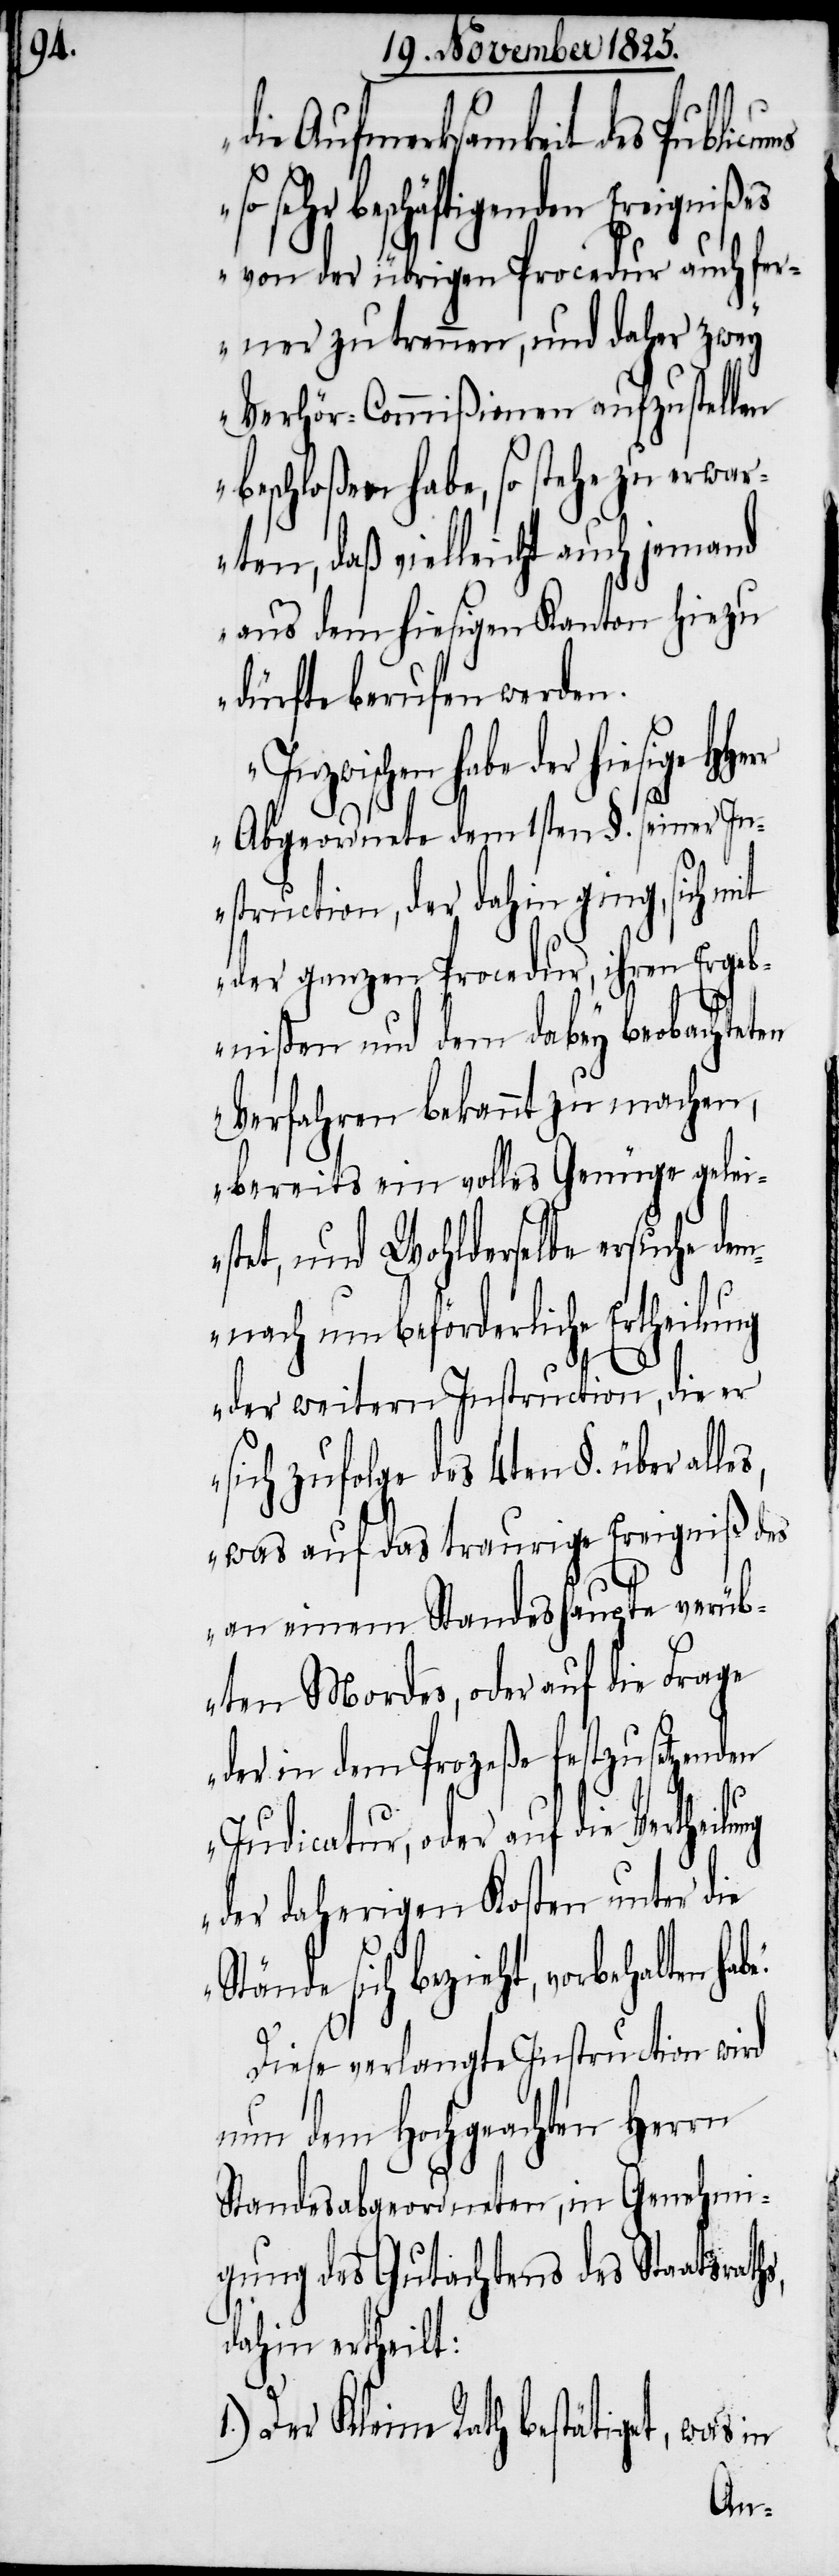
hs,

die Aufmerksamkeit des Public¬
s von der übrigen Procedur auch fer¬
ner zu trennen, und daher zwey
Verhör-Commißionen aufzustellen
beschloßen habe, so stehe zu erwar¬
ten, daß vielleicht auch jemand
aus dem hiesigen Kanton hiezu
dürfte berufen werden.
hiesige HHerr
Abgeordnete dem 1sten §. seiner In¬
struction, der dahin ging, sich mit
der ganzen Procedur, ihren Ergeb¬
nißen und dem dabey beobachteten
Verfahren bekannt zu machen,
bereits ein volles Genüge glei¬
stet, und Wohlderselbe ersuche de¬
mnach um beförderliche Ertheilung
der weitern Instruction, die er
sich zufolge des 4ten §. über alle¬
s, was auf das traurige Ereigniß des
an einem Standeshaupte verüb¬
ten Mordes, oder auf die Frage
der in dem Prozeße festzusetzenden
Indicatur, oder auf die Vertheil¬
der daherigen Kosten unter die
Stände sich bezieht, vorbehalten
Diese verlangte Instruction wird
nun dem Hochgeachten Herrn
Standesabgeordneten, in Genehmi¬
gung des Gutachtens des Staatsrat¬
dahin ertheilt:
Der Kleine Rath bestätigt,
was in